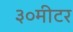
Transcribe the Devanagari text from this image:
३०मीटर